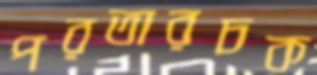
পরতারচক